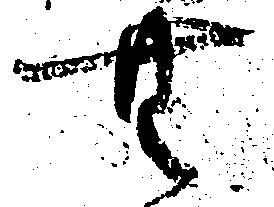
無